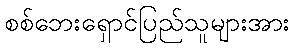
စစ်ဘေးရှောင်ပြည်သူများအား